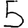
Digit: 5